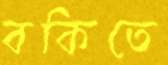
বকিতে